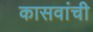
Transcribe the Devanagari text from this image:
कासवांची